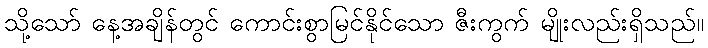
သို့သော် နေ့အချိန်တွင် ကောင်းစွာမြင်နိုင်သော ဇီးကွက် မျိုးလည်းရှိသည်။